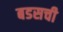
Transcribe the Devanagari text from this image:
बडसची